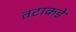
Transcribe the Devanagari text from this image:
तटाकडे